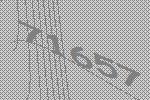
71657